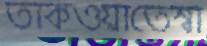
তাকওয়াতেস্বা